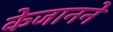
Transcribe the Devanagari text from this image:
केजानने